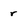
Character: r